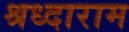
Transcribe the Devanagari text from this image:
श्रध्दाराम